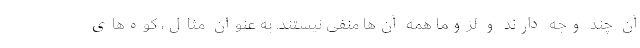
آن چند وجه دارند و لزوما همه آن‌ها منفی نیستند. به عنوان مثال، کوه‌های